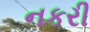
નકરી